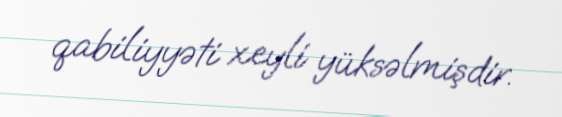
qabiliyyəti xeyli yüksəlmişdir.